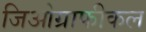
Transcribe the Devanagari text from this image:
जिओग्राफीकल